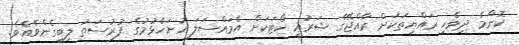
ކޮންމެ ދިވެހި ރައްޔިތަކަށް ރާއްޖޭގެ ޝަރުޢީ ކޯޓަކަށް އެމައްސަލަ ހުށަހެޅުމުގެ ފުރުސަތު ލިބިގެންވެއެވެ.